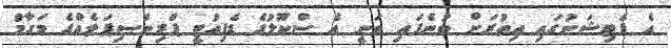
އެ ޕެޓިޝަނުގައި އިތުރަށް ބުނެފައި ވަނީ އެ ސްކޫލުގެ ޑެޕިއުޓީ ޕްރިންސިޕަލެއްގެ މަގާމު